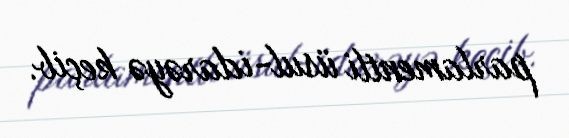
parlamentli üsul-idarəyə keçib.